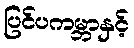
ပြင်ပကမ္ဘာနှင့်